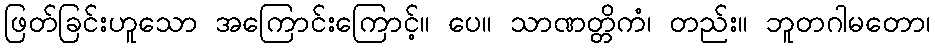
ဖြတ်ခြင်းဟူသော အကြောင်းကြောင့်။ ပေ။ သာဏတ္တိကံ၊ တည်း။ ဘူတဂါမတော၊